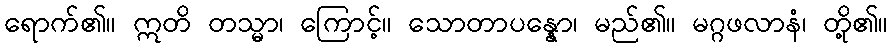
ရောက်၏။ ဣတိ တသ္မာ၊ ကြောင့်။ သောတာပန္နော၊ မည်၏။ မဂ္ဂဖလာနံ၊ တို့၏။